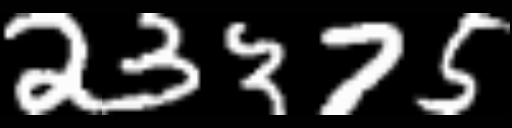
Text: 23375